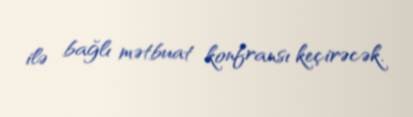
ilə bağlı mətbuat konfransı keçirəcək.